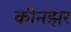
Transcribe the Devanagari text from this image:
कीनझर